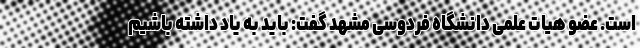
است. عضو هیات علمی دانشگاه فردوسی مشهد گفت: باید به یاد داشته باشیم